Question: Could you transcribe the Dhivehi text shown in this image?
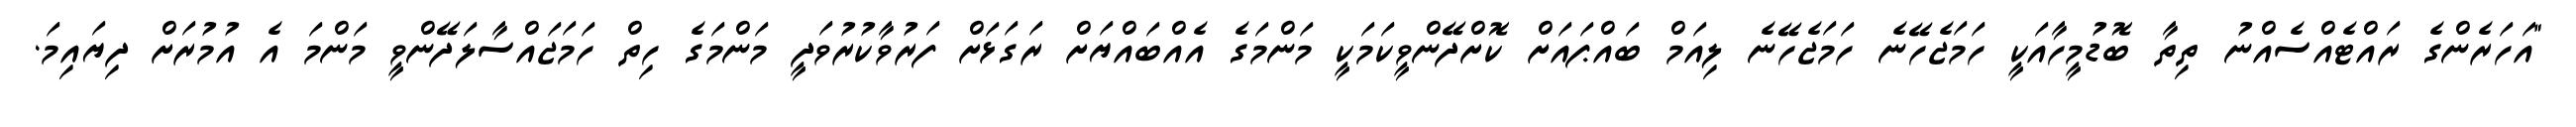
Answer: "އަހަރެންގެ ރައްޓެއްސެއްނު ތިތާ ބޮޑުމީހާއަކީ ހަމަޖެހޭނެ ހަމަޖެހޭނެ ލިއަމް ބައްޕައަށް ކޮށްދޭންވީކަމަކީ މަންމަގެ އެއްބައްޔަށް ރަގަޅަށް ފަރުވާކުރުވަދީ މަންމަގެ ހިތް ހަމަޖައްސާލަދޭންވީ މަންމަ އެ އުމުރަށް ދިޔައިމަ.